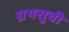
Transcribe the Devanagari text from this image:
ग्रथसूची